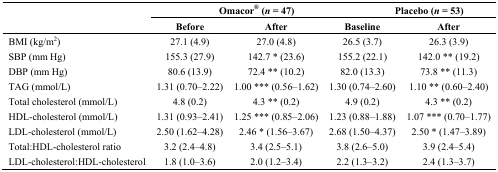
<table><thead><tr><td rowspan="2"></td><td colspan="3"><b>Omacor<sup>®</sup> (<i>n</i> = 47)</b></td><td colspan="2"><b>Placebo (<i>n</i> = 53)</b></td></tr><tr><td><b>Before</b></td><td><b>After</b></td><td colspan="2"><b>Baseline</b></td><td><b>After </b></td></tr></thead><tbody><tr><td>BMI (kg/m<sup>2</sup>)</td><td>27.1 (4.9)</td><td>27.0 (4.8)</td><td colspan="2">26.5 (3.7)</td><td>26.3 (3.9)</td></tr><tr><td>SBP (mm Hg)</td><td>155.3 (27.9)</td><td>142.7 * (23.6)</td><td colspan="2">155.2 (22.1)</td><td>142.0 ** (19.2)</td></tr><tr><td>DBP (mm Hg)</td><td>80.6 (13.9)</td><td>72.4 ** (10.2)</td><td colspan="2">82.0 (13.3)</td><td>73.8 ** (11.3)</td></tr><tr><td>TAG (mmol/L)</td><td>1.31 (0.70–2.22)</td><td>1.00 *** (0.56–1.62)</td><td colspan="2">1.30 (0.74–2.60)</td><td>1.10 ** (0.60–2.40)</td></tr><tr><td>Total cholesterol (mmol/L)</td><td>4.8 (0.2)</td><td>4.3 ** (0.2)</td><td colspan="2">4.9 (0.2)</td><td>4.3 ** (0.2)</td></tr><tr><td>HDL-cholesterol (mmol/L)</td><td>1.31 (0.93–2.41)</td><td>1.25 *** (0.85–2.06)</td><td colspan="2">1.23 (0.88–1.88)</td><td>1.07 *** (0.70–1.77)</td></tr><tr><td>LDL-cholesterol (mmol/L)</td><td>2.50 (1.62–4.28)</td><td>2.46 * (1.56–3.67)</td><td colspan="2">2.68 (1.50–4.37)</td><td>2.50 * (1.47–3.89)</td></tr><tr><td>Total:HDL-cholesterol ratio</td><td>3.2 (2.4–4.8)</td><td>3.4 (2.5–5.1)</td><td colspan="2">3.8 (2.6–5.0)</td><td>3.9 (2.4–5.4)</td></tr><tr><td>LDL-cholesterol:HDL-cholesterol</td><td>1.8 (1.0–3.6)</td><td>2.0 (1.2–3.4)</td><td colspan="2">2.2 (1.3–3.2)</td><td>2.4 (1.3–3.7)</td></tr></tbody></table>